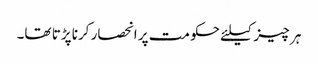
ہر چیز کیلئے حکومت پر انحصار کرنا پڑتا تھا۔